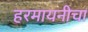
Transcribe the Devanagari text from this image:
हरमायनीचा